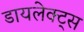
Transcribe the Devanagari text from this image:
डायलेक्ट्स